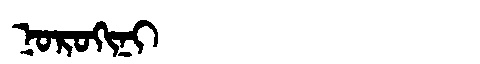
Manchu: ᠨᠣᡵᠣᡴᡳᠨᡳ
Romanization: NOROKINI